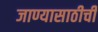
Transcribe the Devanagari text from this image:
जाण्यासाठीची